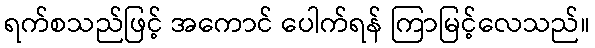
ရက်စသည်ဖြင့် အကောင် ပေါက်ရန် ကြာမြင့်လေသည်။